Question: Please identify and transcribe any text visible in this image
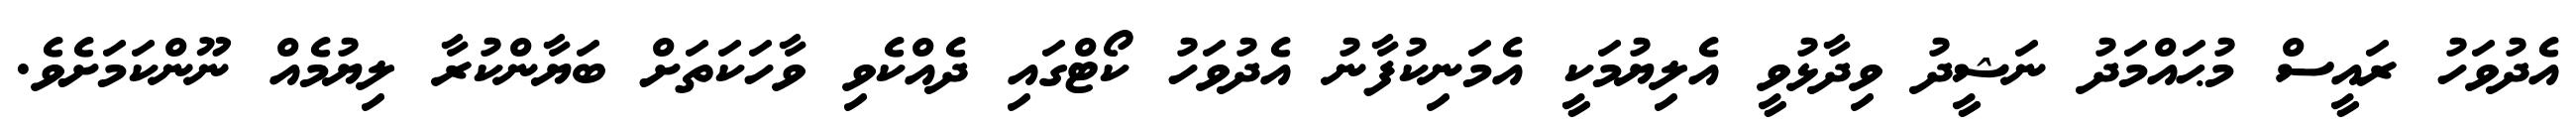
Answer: އެދުވަހު ރައީސް މުޙައްމަދު ނަޝީދު ވިދާޅުވީ އެލިޔުމަކީ އެމަނިކުފާނު އެދުވަހު ކޯޓްގައި ދެއްކެވި ވާހަކަތަށް ބަޔާންކުރާ ލިޔުމެއް ނޫންކަމަށެވެ.